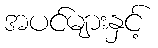
အပင်များနှင့်